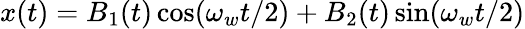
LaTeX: x(t)=B_{1}(t)\cos(\omega_{w}t/2)+B_{2}(t)\sin(\omega_{w}t/2)